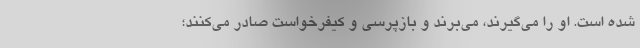
شده است. او را می‌گیرند، می‌برند و بازپرسی و کیفرخواست صادر می‌کنند؛